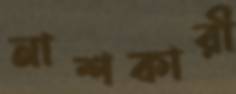
নাশকারী